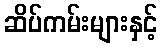
ဆိပ်ကမ်းများနှင့်